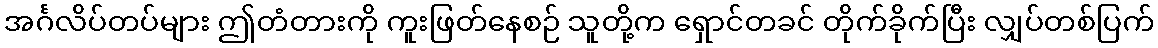
အင်္ဂလိပ်တပ်များ ဤတံတားကို ကူးဖြတ်နေစဉ် သူတို့က ရှောင်တခင် တိုက်ခိုက်ပြီး လျှပ်တစ်ပြက်